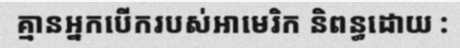
គ្មានអ្នកបើករបស់អាមេរិក និពន្ធដោយ :